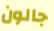
جالون